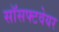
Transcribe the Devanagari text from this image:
सॉसफ्टवेयर